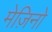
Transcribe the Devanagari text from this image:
मेज़िनो